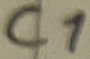
Text: C1